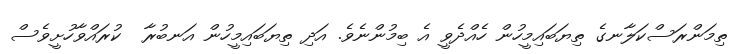
ތިމަންރަސްކަލާނގެ ތިޔަބައިމީހުން ހެއްދެވީ އެ ބިމުންނެވެ. އަދި ތިޔަބައިމީހުން އަނބުރާ  ކުރައްވާހުށީވެސް